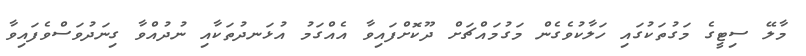
މާލޭ ސިޓީގެ މަގުތަކުގައި ހަލާކުވެގެން މަގުމައްޗަށް ދޫކޮށްފައިވާ އެއްގަމު އުޅަނދުތަކާއި ނުދުއްވާ ގިނަދުވަސްވެފައިވާ